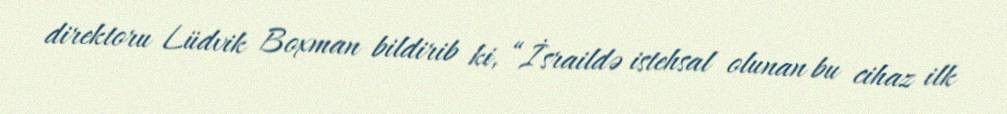
direktoru Lüdvik Boxman bildirib ki, “İsraildə istehsal olunan bu cihaz ilk